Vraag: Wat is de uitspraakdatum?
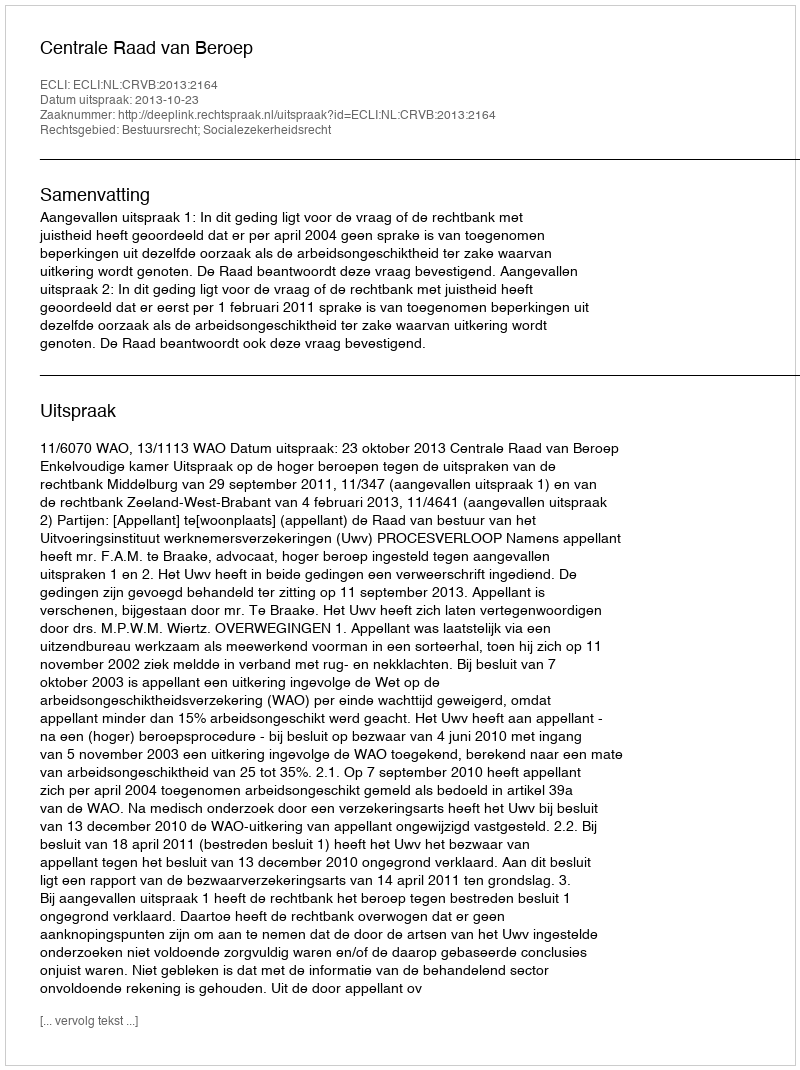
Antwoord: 2013-10-23